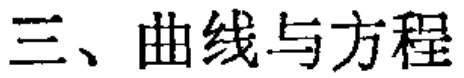
三、曲线与方程